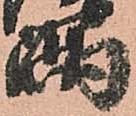
隅